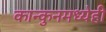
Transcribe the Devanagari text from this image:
कान्कुनमध्येही